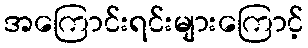
အကြောင်းရင်းများကြောင့်